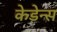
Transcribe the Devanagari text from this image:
केडेन्स